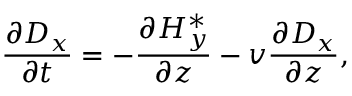
\frac { \partial D _ { x } } { \partial t } = - \frac { \partial H _ { y } ^ { * } } { \partial z } - v \frac { \partial D _ { x } } { \partial z } ,